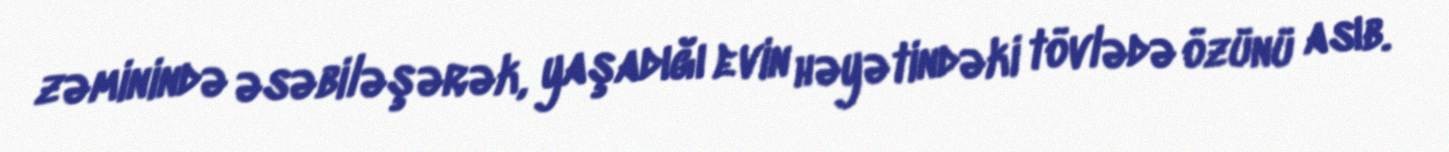
zəminində əsəbiləşərək, yaşadığı evin həyətindəki tövlədə özünü asıb.